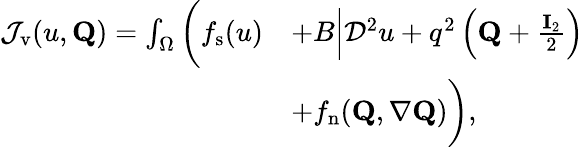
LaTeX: \begin{array}{rl}{\mathcal{J}_{\mathrm{v}}(u,\mathbf{Q})=\int_{\Omega}\bigg(f_{\mathrm{s}}(u)}&{+B\left|\mathcal{D}^{2}u+q^{2}\left(\mathbf{Q}+\frac{\mathbf{I}_{2}}{2}\right)u\right|^{2}\! \! \! \! \! \! \! \! }\\ &{+f_{\mathrm{n}}(\mathbf{Q},\nabla\mathbf{Q})\bigg),\! \! \! \! \! \! \! \! }\end{array}